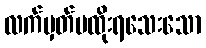
လက်မှတ်မထိုးရသေးသော